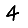
Digit: 4